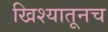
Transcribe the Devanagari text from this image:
खिश्यातूनच